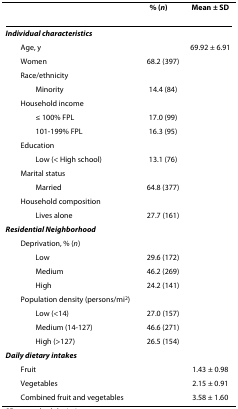
|  | % (n) | Mean ± SD |
 | --- | --- | --- |
 | Individual characteristics |  |  |
 | Age, y |  | 69.92 ± 6.91 |
 | Women | 68.2 (397) |  |
 | Race/ethnicity |  |  |
 | Minority | 14.4 (84) |  |
 | Household income |  |  |
 | ≤ 100% FPL | 17.0 (99) |  |
 | 101-199% FPL | 16.3 (95) |  |
 | Education |  |  |
 | Low (< High school) | 13.1 (76) |  |
 | Marital status |  |  |
 | Married | 64.8 (377) |  |
 | Household composition |  |  |
 | Lives alone | 27.7 (161) |  |
 | Residential Neighborhood |  |  |
 | Deprivation, % (n) |  |  |
 | Low | 29.6 (172) |  |
 | Medium | 46.2 (269) |  |
 | High | 24.2 (141) |  |
 | Population density (persons/mi2) |  |  |
 | Low (<14) | 27.0 (157) |  |
 | Medium (14-127) | 46.6 (271) |  |
 | High (>127) | 26.5 (154) |  |
 | Daily dietary intakes |  |  |
 | Fruit |  | 1.43 ± 0.98 |
 | Vegetables |  | 2.15 ± 0.91 |
 | Combined fruit and vegetables |  | 3.58 ± 1.60 |